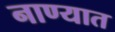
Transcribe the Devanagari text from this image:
नाण्यात